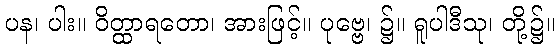
ပန၊ ပါး။ ဝိတ္ထာရတော၊ အားဖြင့်။ ပုဗ္ဗေ၊ ၌။ ရူပါဒီသု၊ တို့၌။